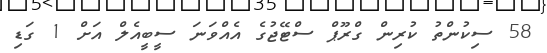
58 ސިކުންތު ކުރިން ގްރޫޕް ސްޓޭޖުގެ އެއްވަނަ ސީބީއެލް އަށް 1 ގަޑި